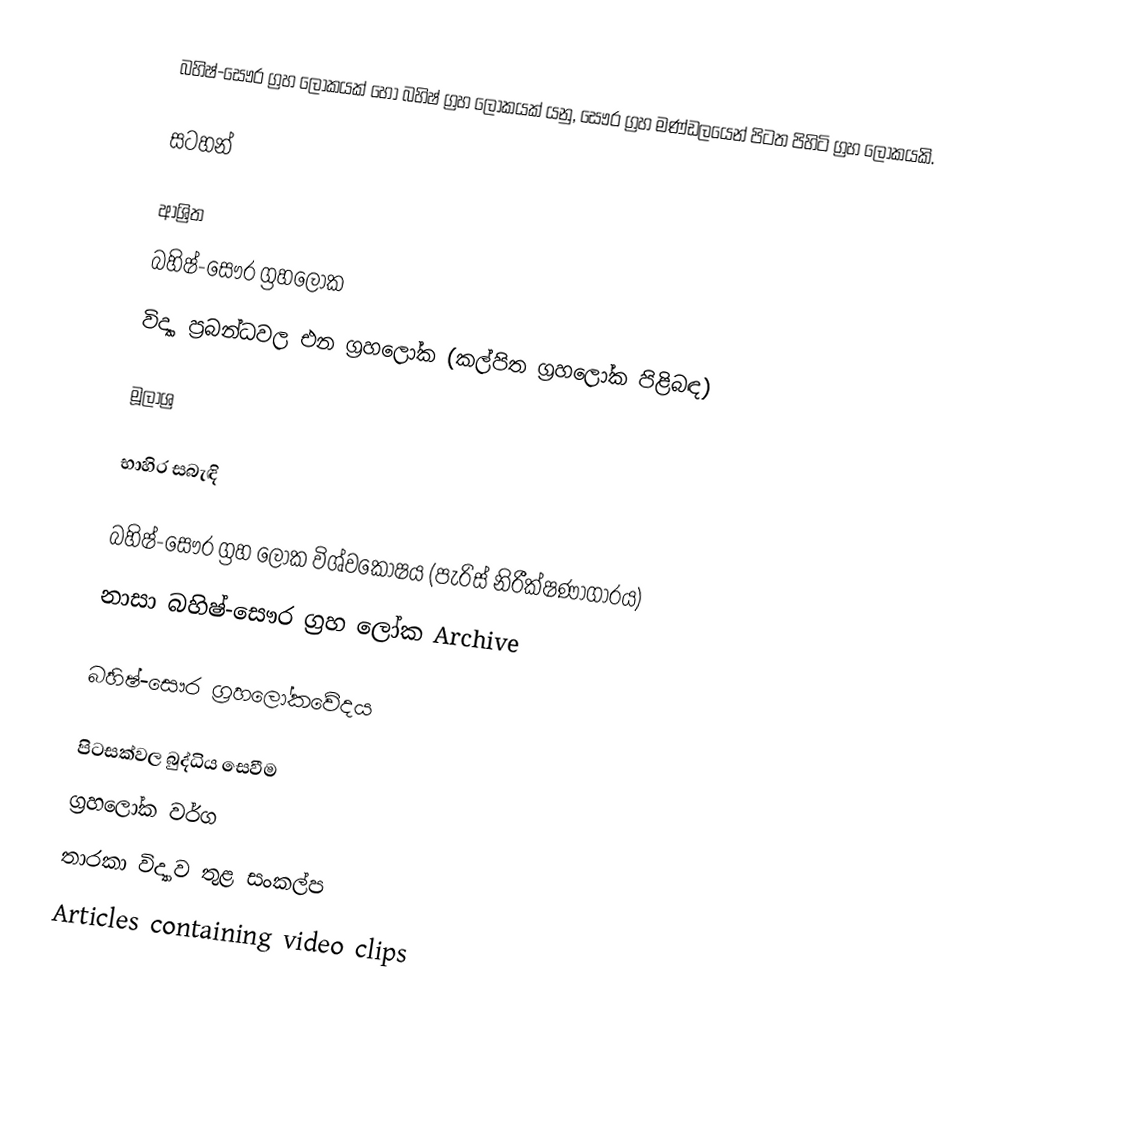
බහිෂ්-සෞර ග්‍රහ ලෝකයක් හෝ   බහිෂ් ග්‍රහ ලෝකයක් යනු,  සෞර ග්‍රහ මණ්ඩලයෙන් පිටත පිහිටි ග්‍රහ ලෝකයකි.

සටහන්

ආශ්‍රිත
 බහිෂ්-සෞර ග්‍රහලෝක
 විද්‍යා ප්‍රබන්ධවල එන ග්‍රහලෝක (කල්පිත ග්‍රහලෝක පිළිබඳ)

මූලාශ්‍ර

භාහිර සබැඳි

 බහිෂ්-සෞර ග්‍රහ ලෝක විශ්වකෝෂය (පැරිස් නිරීක්ෂණාගාරය)
 නාසා බහිෂ්-සෞර ග්‍රහ ලෝක Archive

බහිෂ්-සෞර ග්‍රහලෝකවේදය

පිටසක්වල බුද්ධිය සෙවීම
ග්‍රහලෝක වර්ග
තාරකා විද්‍යාව තුළ සංකල්ප
Articles containing video clips